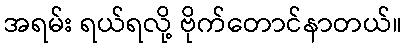
အရမ်း ရယ်ရလို့ ဗိုက်တောင်နာတယ်။